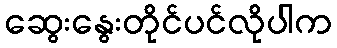
ဆွေးနွေးတိုင်ပင်လိုပါက